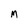
Character: M